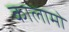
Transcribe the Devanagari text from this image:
कालामो